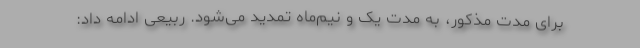
برای مدت مذکور، به مدت یک و نیم‌ماه تمدید می‌شود. ربیعی ادامه داد: